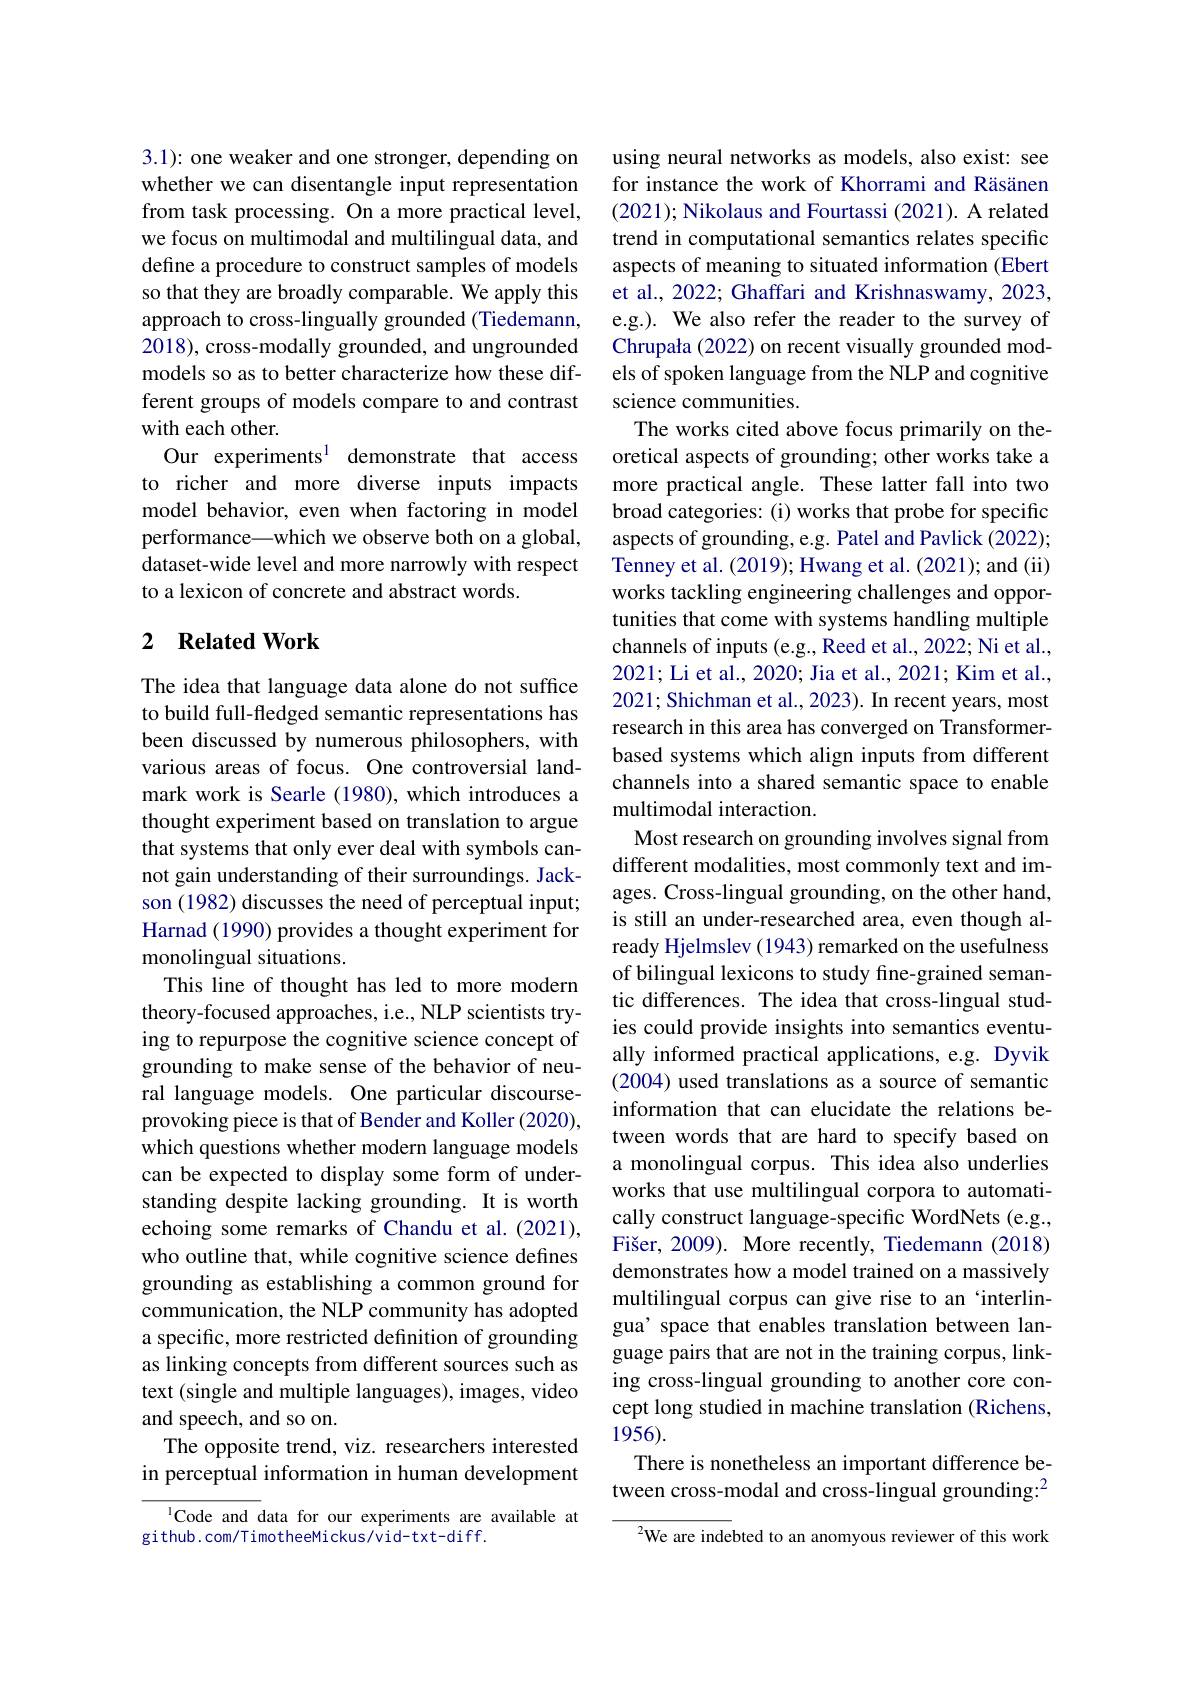
3.1): one weaker and one stronger, depending on whether we can disentangle input representation from task processing. On a more practical level, we focus on multimodal and multilingual data, and define a procedure to construct samples of models so that they are broadly comparable. We apply this approach to cross-lingually grounded (Tiedemann, 2018), cross-modally grounded, and ungrounded models so as to better characterize how these different groups of models compare to and contrast with each other.
Our experiments$^{1}$ demonstrate that access to richer and more diverse inputs impacts model behavior, even when factoring in model performance\_which we observe both on a global, dataset-wide level and more narrowly with respect to a lexicon of concrete and abstract words.

## 2 $\textbf{Related Work}$

The idea that language data alone do not suffice to build full-fledged semantic representations has been discussed by numerous philosophers, with various areas of focus. One controversial landmark work is Searle (1980), which introduces a thought experiment based on translation to argue that systems that only ever deal with symbols cannot gain understanding of their surroundings. Jackson (1982) discusses the need of perceptual input; Harnad (1990) provides a thought experiment for monolingual situations.
This line of thought has led to more modern theory-focused approaches, i.e., NLP scientists trying to repurpose the cognitive science concept of grounding to make sense of the behavior of neural language models. One particular discourseprovoking piece is that of Bender and Koller (2020), which questions whether modern language models can be expected to display some form of understanding despite lacking grounding. It is worth echoing some remarks of Chandu et al.(2021), who outline that, while cognitive science defines grounding as establishing a common ground for communication, the NLP community has adopted a specific, more restricted definition of grounding as linking concepts from different sources such as text (single and multiple languages), images, video and speech, and so on.
The opposite trend, viz. researchers interested in perceptual information in human development

lCode and data for our experiments are available at
github.com/TimotheeMickus/vid-txt-diff.

using neural networks as models, also exist: see for instance the work of Khorrami and Räsänen (2021); Nikolaus and Fourtassi (2021). A related trend in computational semantics relates specific aspects of meaning to situated information (Ebert et al., 2022; Ghaffari and Krishnaswamy, 2023, e.g.). We also refer the reader to the survey of Chrupała (2022) on recent visually grounded models of spoken language from the NLP and cognitive science communities.
The works cited above focus primarily on theoretical aspects of grounding; other works take a more practical angle. These latter fall into two broad categories: (i) works that probe for specific aspects of grounding, e.g. Patel and Pavlick (2022); Tenney et al. (2019); Hwang et al. (2021); and (ii) works tackling engineering challenges and opportunities that come with systems handling multiple channels of inputs (e.g., Reed et al., 2022; Ni et al., 2021; Li et al., 2020; Jia et al., 2021; Kim et al., 2021; Shichman et al., 2023). In recent years, most research in this area has converged on Transformerbased systems which align inputs from different channels into a shared semantic space to enable multimodal interaction.
Most research on grounding involves signal from different modalities, most commonly text and images. Cross-lingual grounding, on the other hand, is still an under-researched area, even though already Hjelmslev (1943) remarked on the usefulness of bilingual lexicons to study fine-grained semantic differences. The idea that cross-lingual studies could provide insights into semantics eventually informed practical applications, e.g. Dyvik (2004) used translations as a source of semantic information that can elucidate the relations between words that are hard to specify based on a monolingual corpus. This idea also underlies works that use multilingual corpora to automatically construct language-specific WordNets (e.g., Fišer, 2009). More recently, Tiedemann (2018) demonstrates how a model trained on a massively multilingual corpus can give rise to an ‘interlingua' space that enables translation between language pairs that are not in the training corpus, linking cross-lingual grounding to another core concept long studied in machine translation (Richens, 1956).
There is nonetheless an important difference between cross-modal and cross-lingual grounding:$^{2}$

$^{2}$We are indebted to an anomyous reviewer of this work